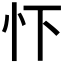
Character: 𢗄